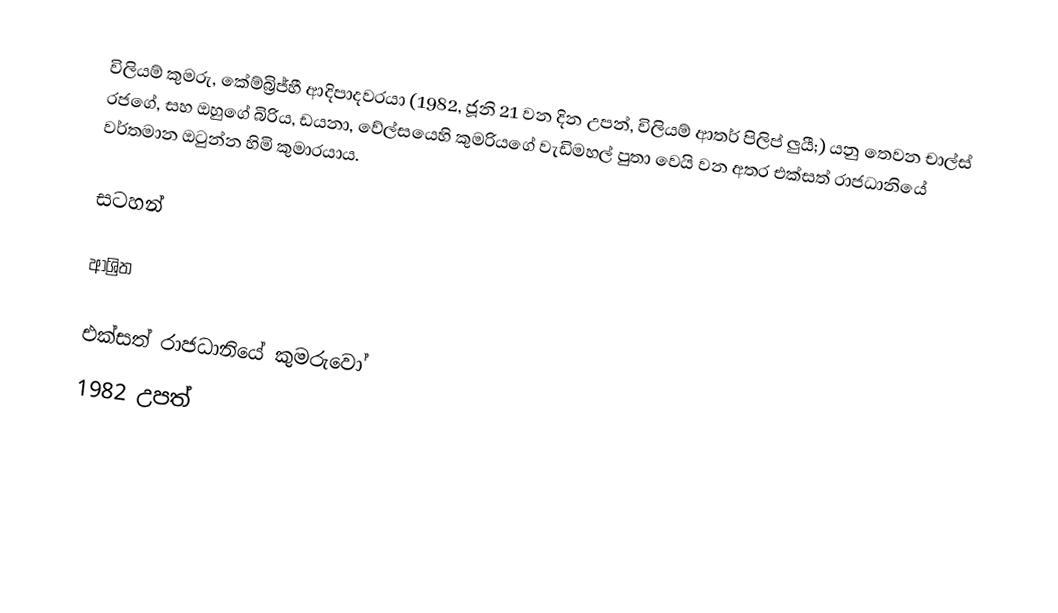
විලියම් කුමරු, කේම්බ්‍රිජ්හී ආදිපාදවරයා  (1982, ජූනි 21 වන දින උපන්, විලියම් ආතර් පිලිප් ලුයී;) යනු  තෙවන චාල්ස් රජගේ, සහ ඔහුගේ බිරිය,  ඩයනා, වේල්සයෙහි කුමරියගේ වැඩිමහල් පුතා වෙයි වන අතර එක්සත් රාජධානියේ වර්තමාන ඔටුන්න හිමි කුමාරයාය.

සටහන්

ආශ්‍රිත

එක්සත් රාජධානියේ කුමරුවෝ
1982 උපත්